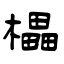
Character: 櫑